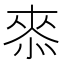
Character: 𭝠